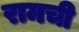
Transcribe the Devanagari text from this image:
रामची